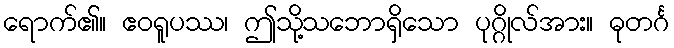
ရောက်၏။ ဧဝရူပဿ၊ ဤသို့သဘောရှိသော ပုဂ္ဂိုလ်အား။ ဓုတင်္ဂ